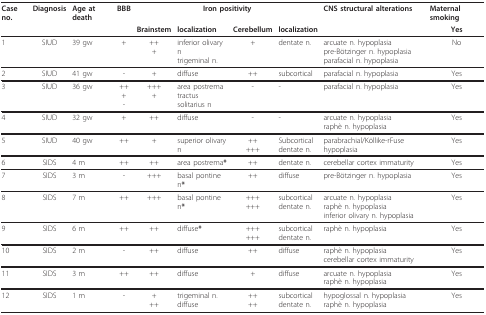
<table><thead><tr><td><b>Case no.</b></td><td><b>Diagnosis</b></td><td><b>Age at death</b></td><td><b>BBB</b></td><td colspan="4"><b>Iron positivity</b></td><td><b>CNS structural alterations</b></td><td><b>Maternal smoking</b></td></tr><tr><td></td><td></td><td></td><td></td><td><b>Brainstem</b></td><td><b>localization</b></td><td><b>Cerebellum</b></td><td><b>localization</b></td><td></td><td><b>Yes</b></td></tr></thead><tbody><tr><td>1</td><td>SIUD</td><td>39 gw</td><td>+</td><td>+++</td><td>inferior olivary ntrigeminal n.</td><td>+</td><td>dentate n.</td><td>arcuate n. hypoplasiapre-Bötzinger n. hypoplasiaparafacial n. hypoplasia</td><td>No</td></tr><tr><td>2</td><td>SIUD</td><td>41 gw</td><td>-</td><td>+</td><td>diffuse</td><td>++</td><td>subcortical</td><td>parafacial n. hypoplasia</td><td>Yes</td></tr><tr><td>3</td><td>SIUD</td><td>36 gw</td><td>+++-</td><td>++++</td><td>area postrematractus solitarius n</td><td>-</td><td>-</td><td>parafacial n. hypoplasia</td><td>Yes</td></tr><tr><td>4</td><td>SIUD</td><td>32 gw</td><td>+</td><td>++</td><td>diffuse</td><td>-</td><td>-</td><td>arcuate n. hypoplasiaraphè n. hypoplasia</td><td>Yes</td></tr><tr><td>5</td><td>SIUD</td><td>40 gw</td><td>++</td><td>+</td><td>superior olivary n</td><td>+++++</td><td>Subcorticaldentate n.</td><td>parabrachial/Köllike-rFuse hypoplasia</td><td>Yes</td></tr><tr><td>6</td><td>SIDS</td><td>4 m</td><td>++</td><td>++</td><td>area postrema<b>*</b></td><td>++</td><td>dentate n.</td><td>cerebellar cortex immaturity</td><td>Yes</td></tr><tr><td>7</td><td>SIDS</td><td>3 m</td><td>-</td><td>+++</td><td>basal pontine n<b>*</b></td><td>++</td><td>diffuse</td><td>pre-Bötzinger n. hypoplasia</td><td>Yes</td></tr><tr><td>8</td><td>SIDS</td><td>7 m</td><td>++</td><td>+++</td><td>basal pontine n<b>*</b></td><td>++++++</td><td>subcorticaldentate n.</td><td>arcuate n. hypoplasiaraphè n. hypoplasiainferior olivary n. hypoplasia</td><td>Yes</td></tr><tr><td>9</td><td>SIDS</td><td>6 m</td><td>++</td><td>++</td><td>diffuse<b>*</b></td><td>++++++</td><td>subcorticaldentate n.</td><td>raphè n. hypoplasia</td><td>Yes</td></tr><tr><td>10</td><td>SIDS</td><td>2 m</td><td>-</td><td>++</td><td>diffuse</td><td>++</td><td>diffuse</td><td>raphè n. hypoplasiacerebellar cortex immaturity</td><td>Yes</td></tr><tr><td>11</td><td>SIDS</td><td>3 m</td><td>++</td><td>++</td><td>diffuse</td><td>+</td><td>diffuse</td><td>arcuate n. hypoplasiaraphè n. hypoplasia</td><td>Yes</td></tr><tr><td>12</td><td>SIDS</td><td>1 m</td><td>-</td><td>+++</td><td>trigeminal n.diffuse</td><td>++++</td><td>subcorticaldentate n.</td><td>hypoglossal n. hypoplasiaraphè n. hypoplasia</td><td>Yes</td></tr></tbody></table>